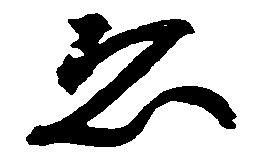
ゑ